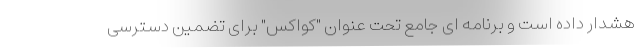
هشدار داده است و برنامه ای جامع تحت عنوان "کواکس" برای تضمین دسترسی